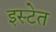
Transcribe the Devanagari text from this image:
इस्टेत